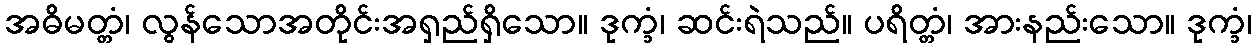
အဓိမတ္တံ၊ လွန်သောအတိုင်းအရှည်ရှိသော။ ဒုက္ခံ၊ ဆင်းရဲသည်။ ပရိတ္တံ၊ အားနည်းသော။ ဒုက္ခံ၊